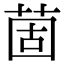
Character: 䓢